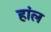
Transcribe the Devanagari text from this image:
हांल